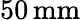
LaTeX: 50\, \mathrm{mm}